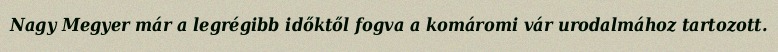
Nagy Megyer már a legrégibb időktől fogva a komáromi vár urodalmához tartozott.